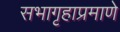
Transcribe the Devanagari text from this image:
सभागृहाप्रमाणे